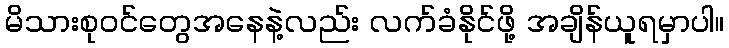
မိသားစုဝင်တွေအနေနဲ့လည်း လက်ခံနိုင်ဖို့ အချိန်ယူရမှာပါ။